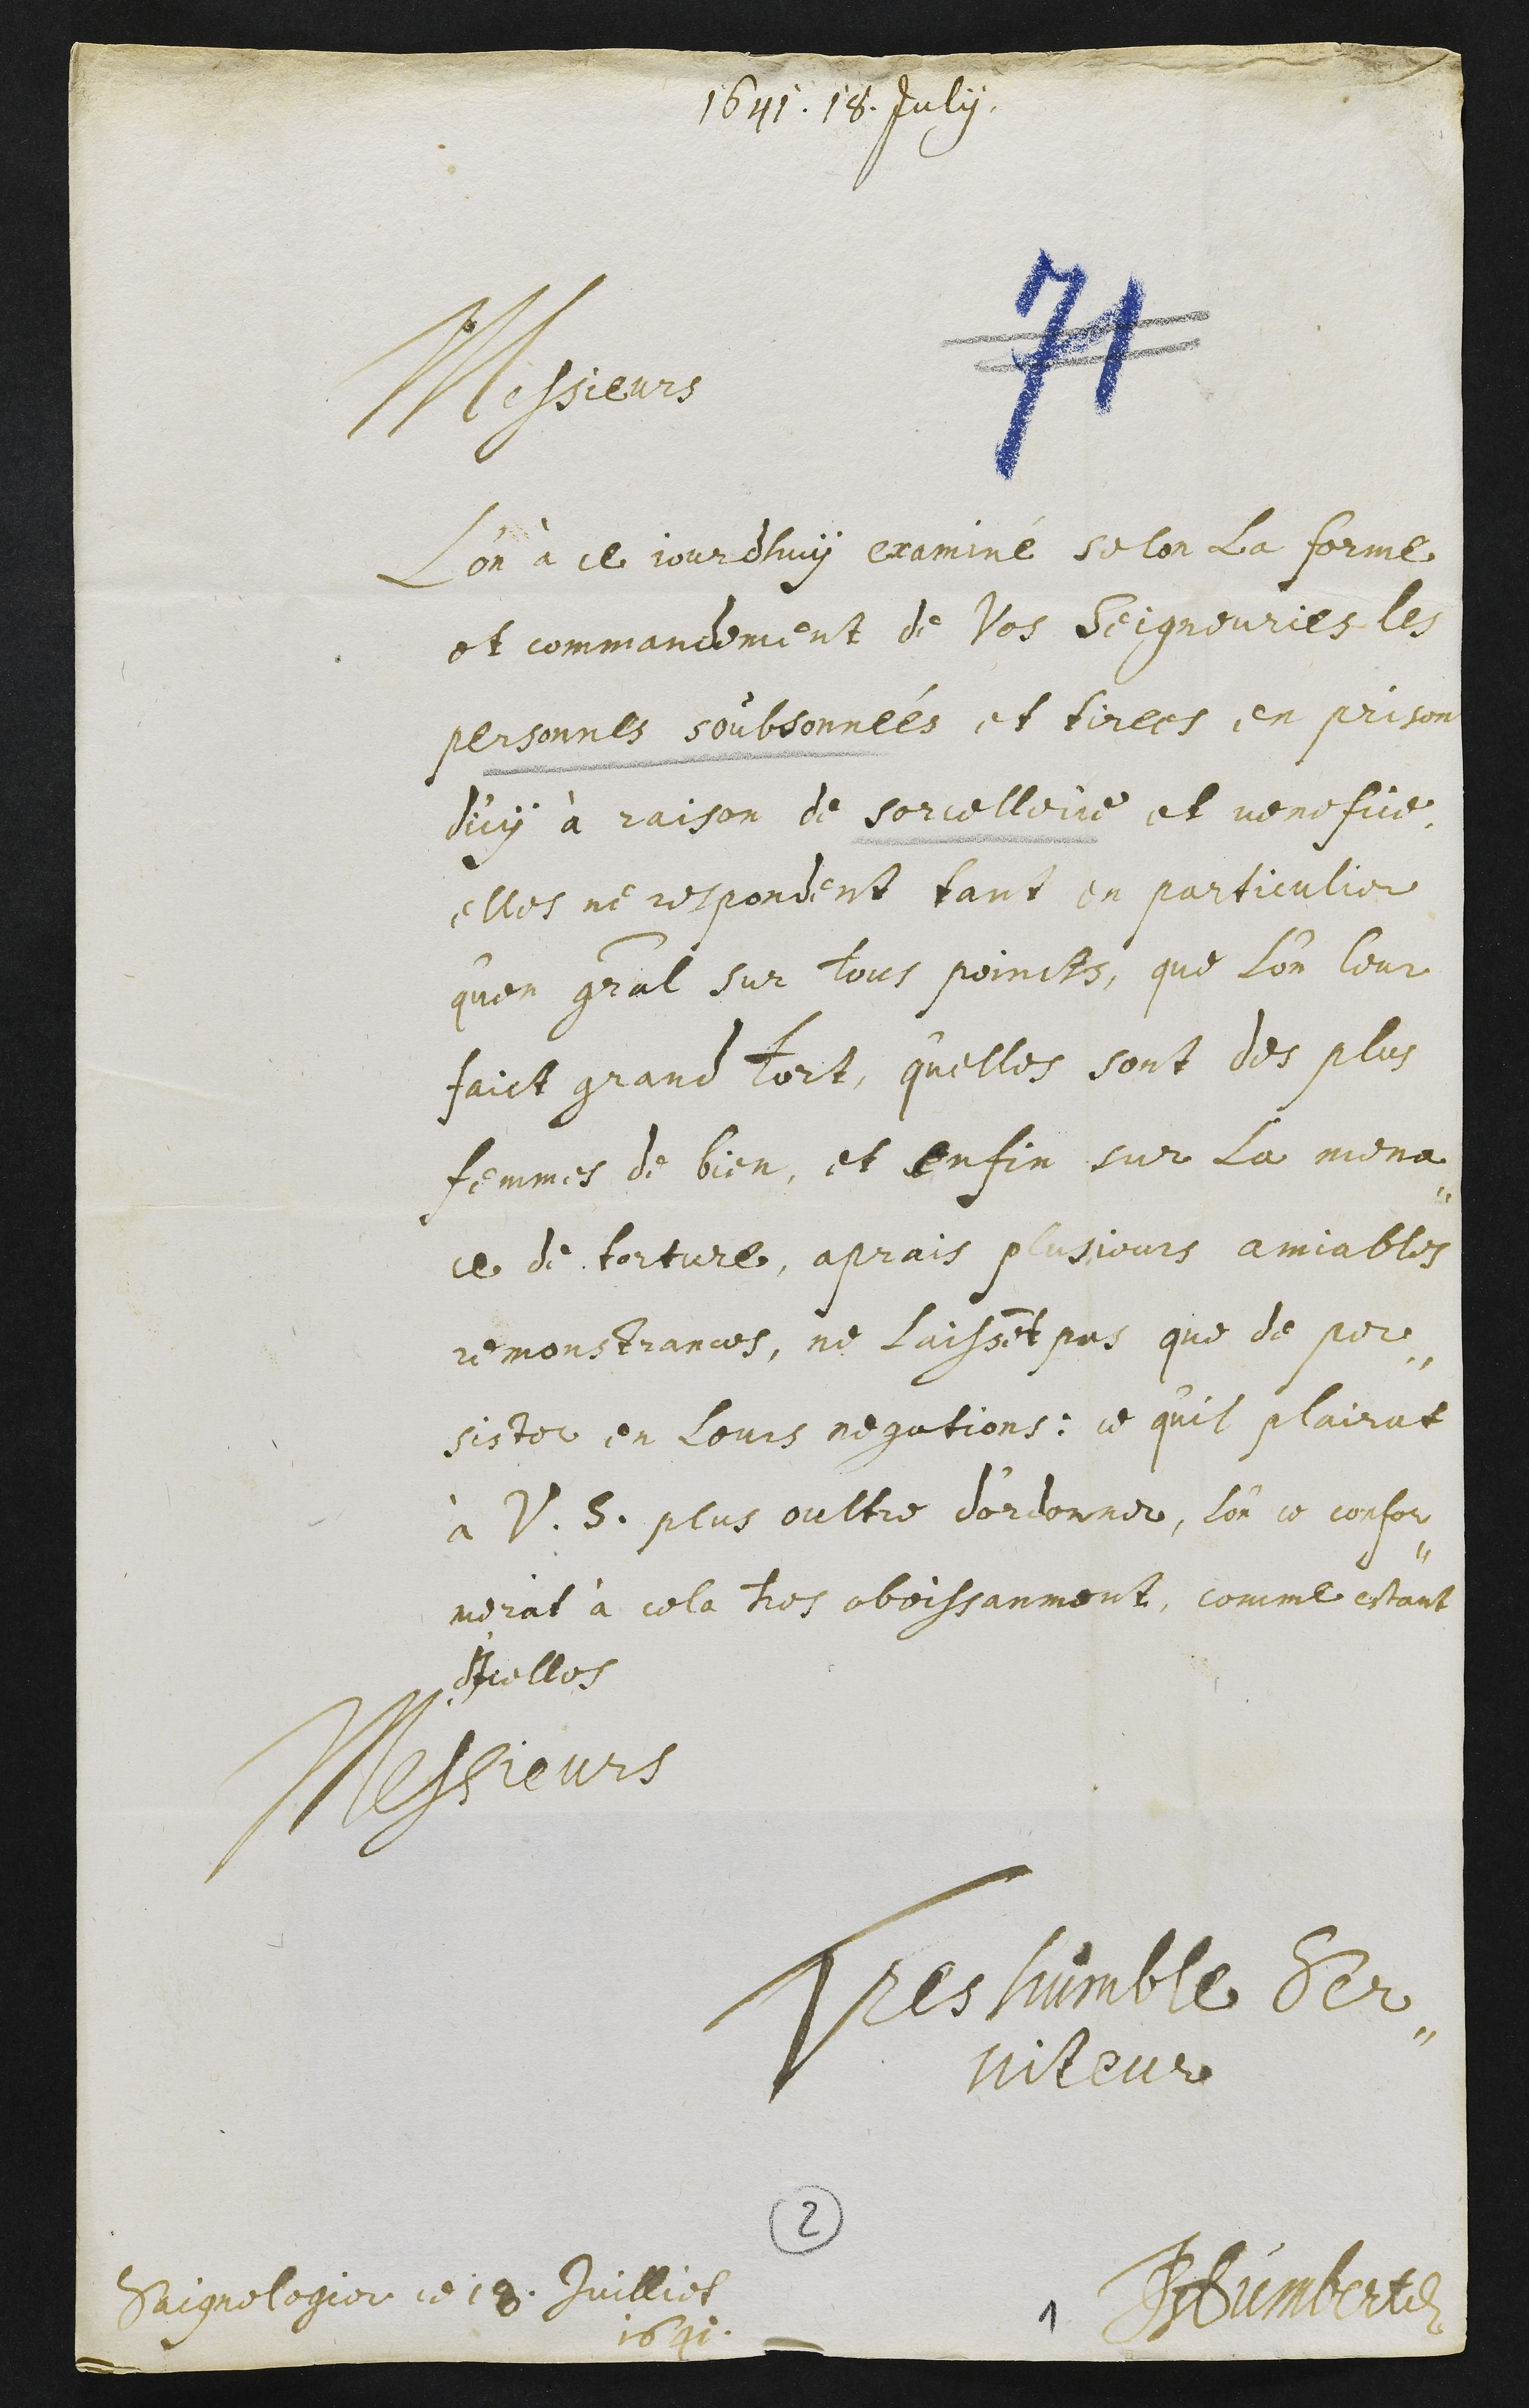
1641. 18. Julii
Messieurs
L’on à ce jourdhuy examiné selon la forme
et commandement de Vos Seigneuries les
personnes soubsonnées et tirees en prison
d'icy à raison de sorcellerie et venefice
elles ne respondent tant en particulier
qu'en genéral sur tous poincts, que l’on leur
faict grand tort, quelles sont des plus
femmes de bien, et enfin sur la mena¬
ce de torture, aprais plusiours amiables
remonstrances, ne laissent pas que de per¬
sister en leurs negations: ce qu’il plairat
à V. S. plus oultre d'ordonner, l’on ce confor¬
merat à cela tres obeissanment, comme estant
d'Icelles
Messieurs
Tres humble Ser¬
viteur
JHumbert
Saignelegier ce 18 Juilliet
1641
2
1